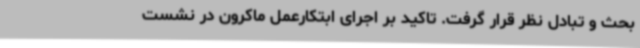
بحث و تبادل نظر قرار گرفت. تاکید بر اجرای ابتکارعمل ماکرون در نشست